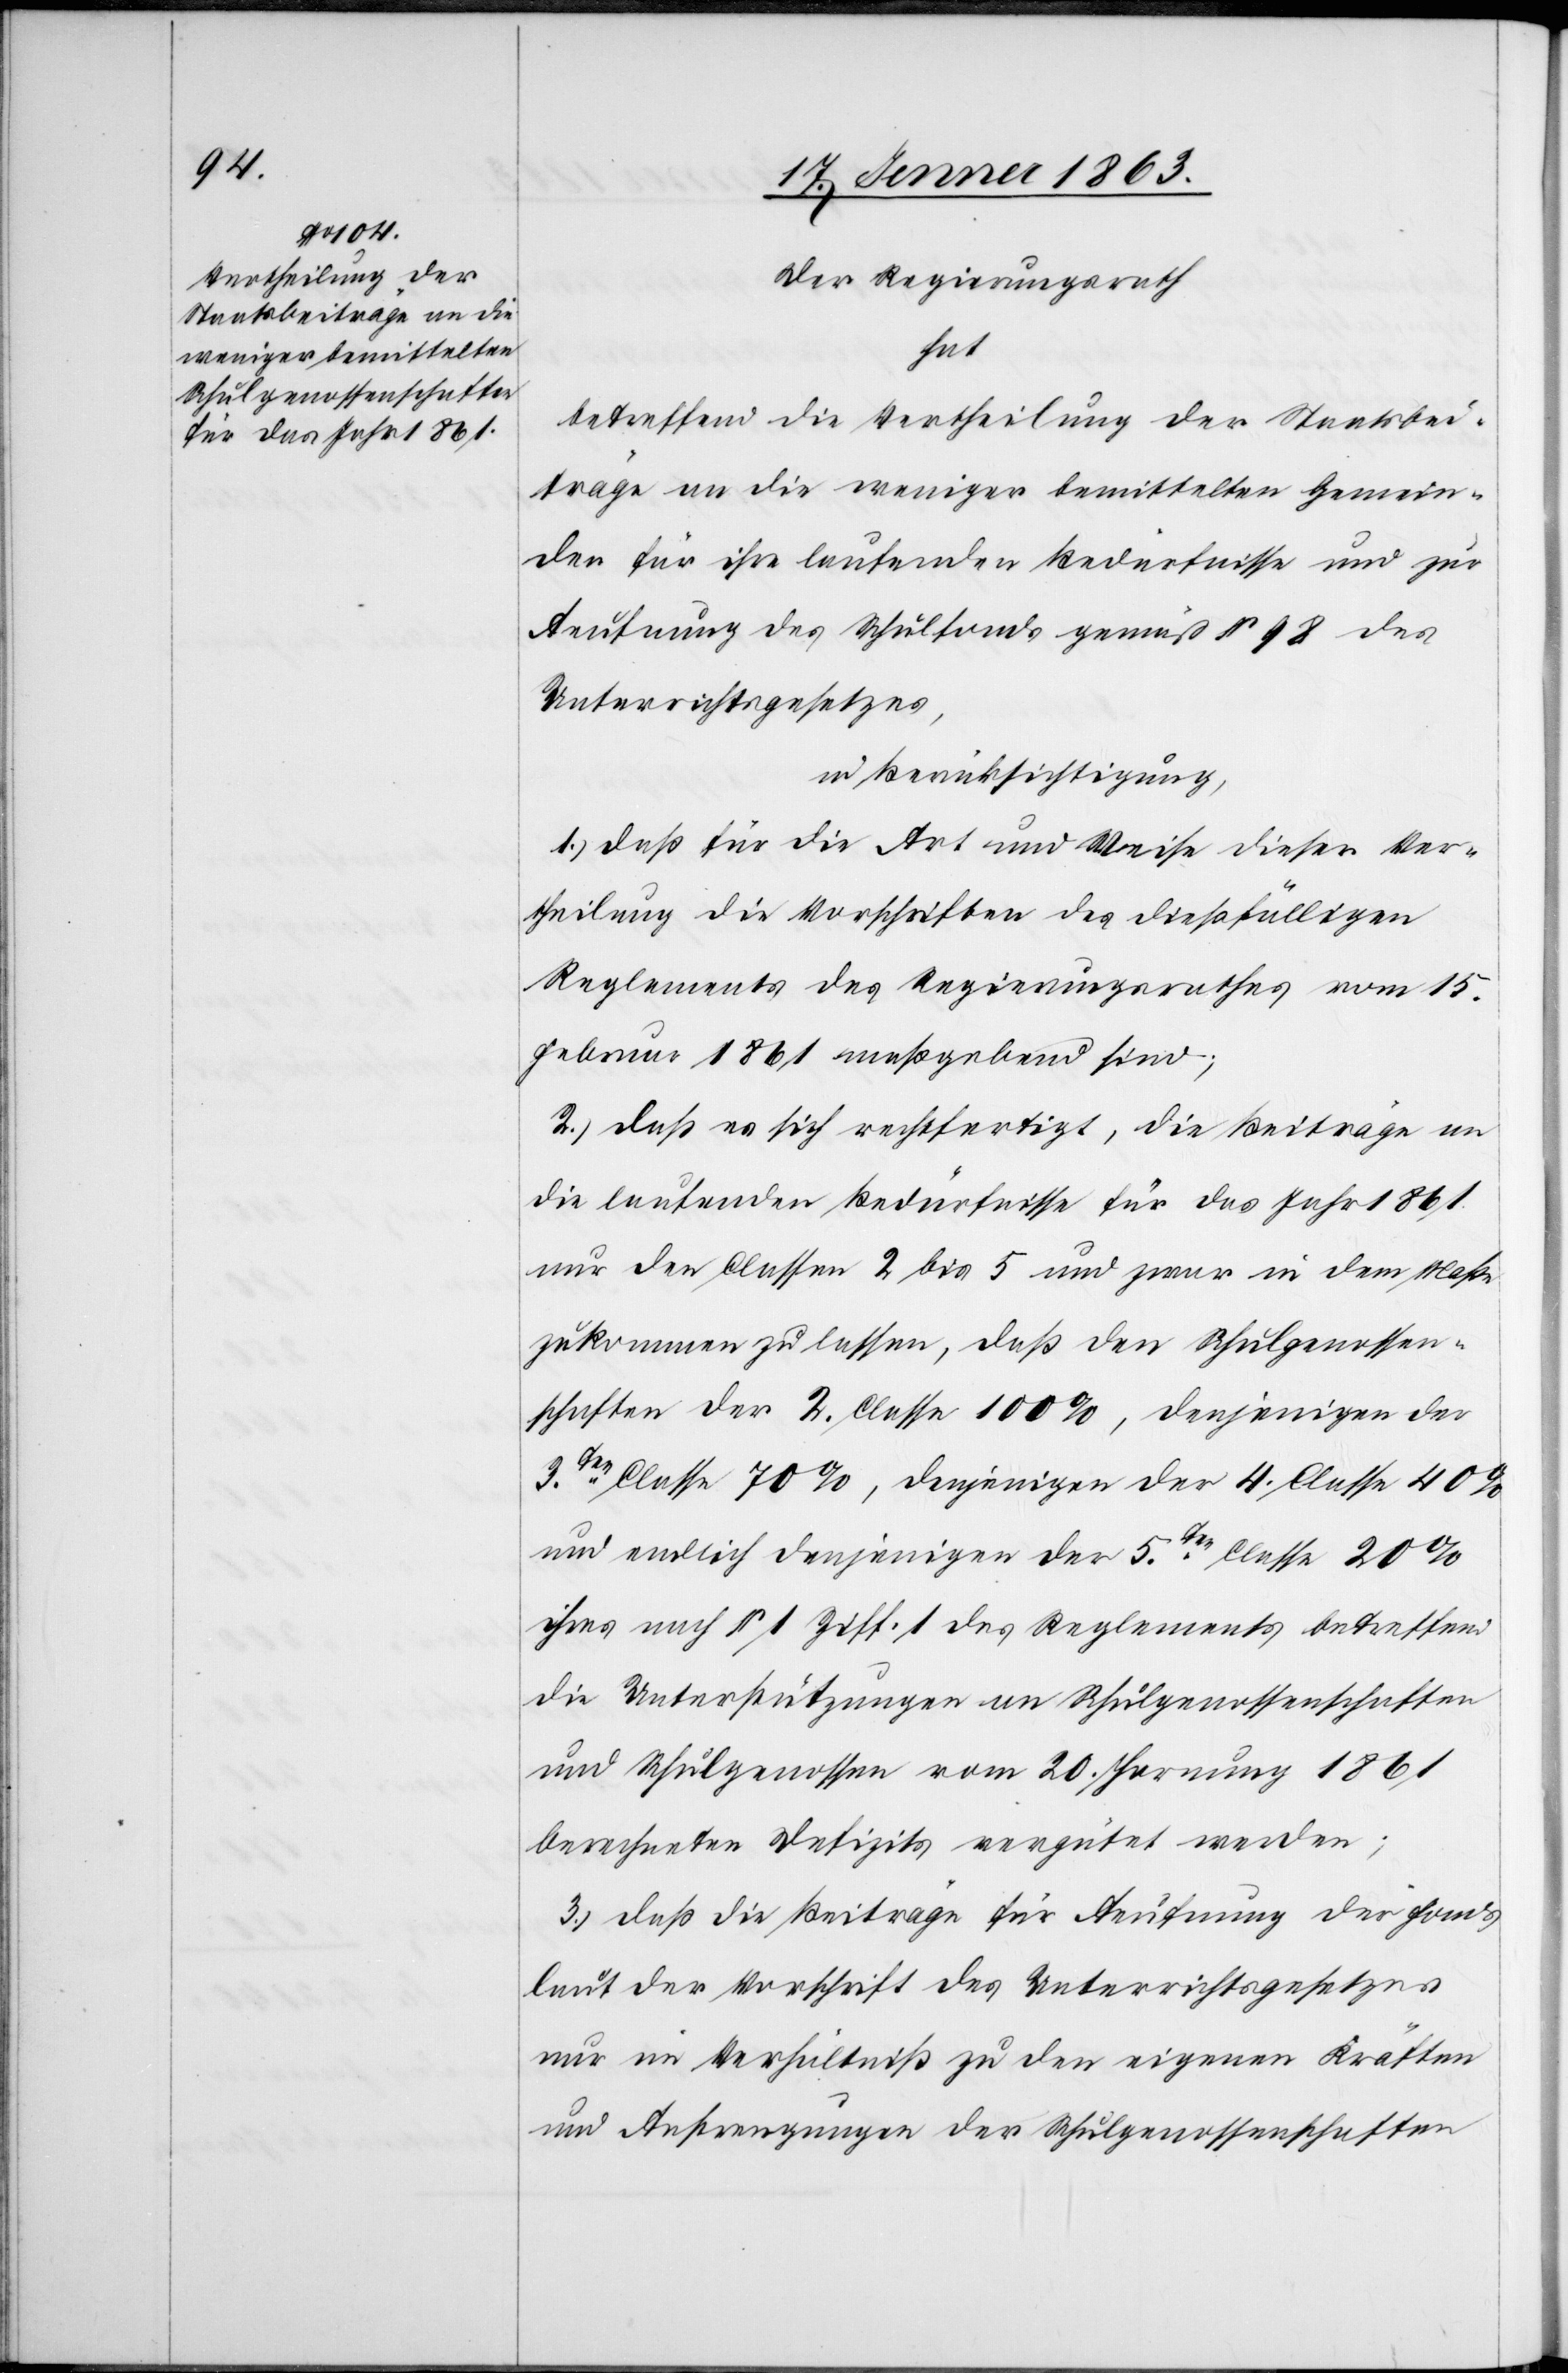
Der Regierungsrath
hat
betreffend die Vertheilung der Staatsbei¬
träge an die weniger bemittelten Gemein¬
den für ihre laufenden Bedürfnisse und zur
Aeufnung des Schulfonds gemäß § 98 des
Unterrichtsgesetzes,
mit Berücksichtigung,
1.) daß für die Art und Weise dieser Ver¬
theilung die Vorschriften des dießfälligen
Reglements des Regierungsrathes vom 15.
Februar 1861 maßgebend sind;
2.) daß es sich rechtfertigt, die Beiträge an
die laufenden Bedürfnisse für das Jahr 1861
nur den Classen 2 bis 5 und zwar in dem Maße
zukommen zu lassen, daß den Schulgenossen¬
schaften der 2. Classe 100%, denjenigen der
3ten. Classe 70%, denjenigen der 4. Classe 40%
und endlich denjenigen der 5ten. Classe 20%
ihres nach § 1 Ziff. 1 des Reglements betreffend
die Unterstützungen an Schulgenossenschaften
und Schulgenossen vom 20. Hornung 1861
berechneten Defizits vergütet werden;
3.) daß die Beiträge für Aeufnung des Fonds
laut der Vorschrift des Unterrichtsgesetzes
nur im Verhältniß zu den eigenen Kräften
und Anstrengungen der Schulgenossenschaften